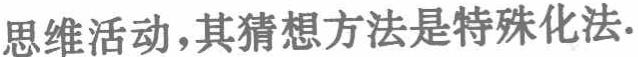
思维活动，其猜想方法是特殊化法.